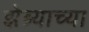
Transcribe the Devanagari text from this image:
झेब्र्याच्या